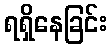
ရရှိနေခြင်း